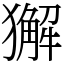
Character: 獬